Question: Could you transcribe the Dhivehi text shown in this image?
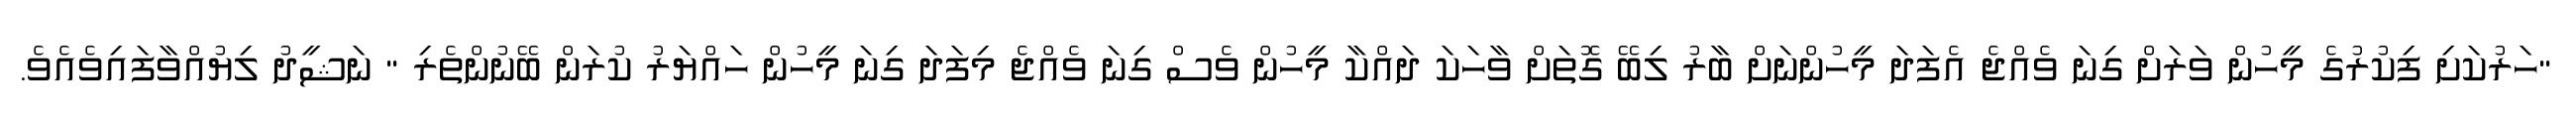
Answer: "ހަރުކަށި ފިކުރުގެ މީހުން ވަރަށް ގިނަ ވެއްޖެ އެފަދަ މީހުންނަށް ބާރު ލިބޭ ގޮތަށް ވާހަކަ ދައްކާ މީހުން ވެސް ގިނަ ވެއްޖެ މިފަދަ ގިނަ މީހުން ހައްޔަރު ކުރަން ބޭނުންތެރި " ނަޝީދު ލިޔުއްވާފައިވެއެވެ.